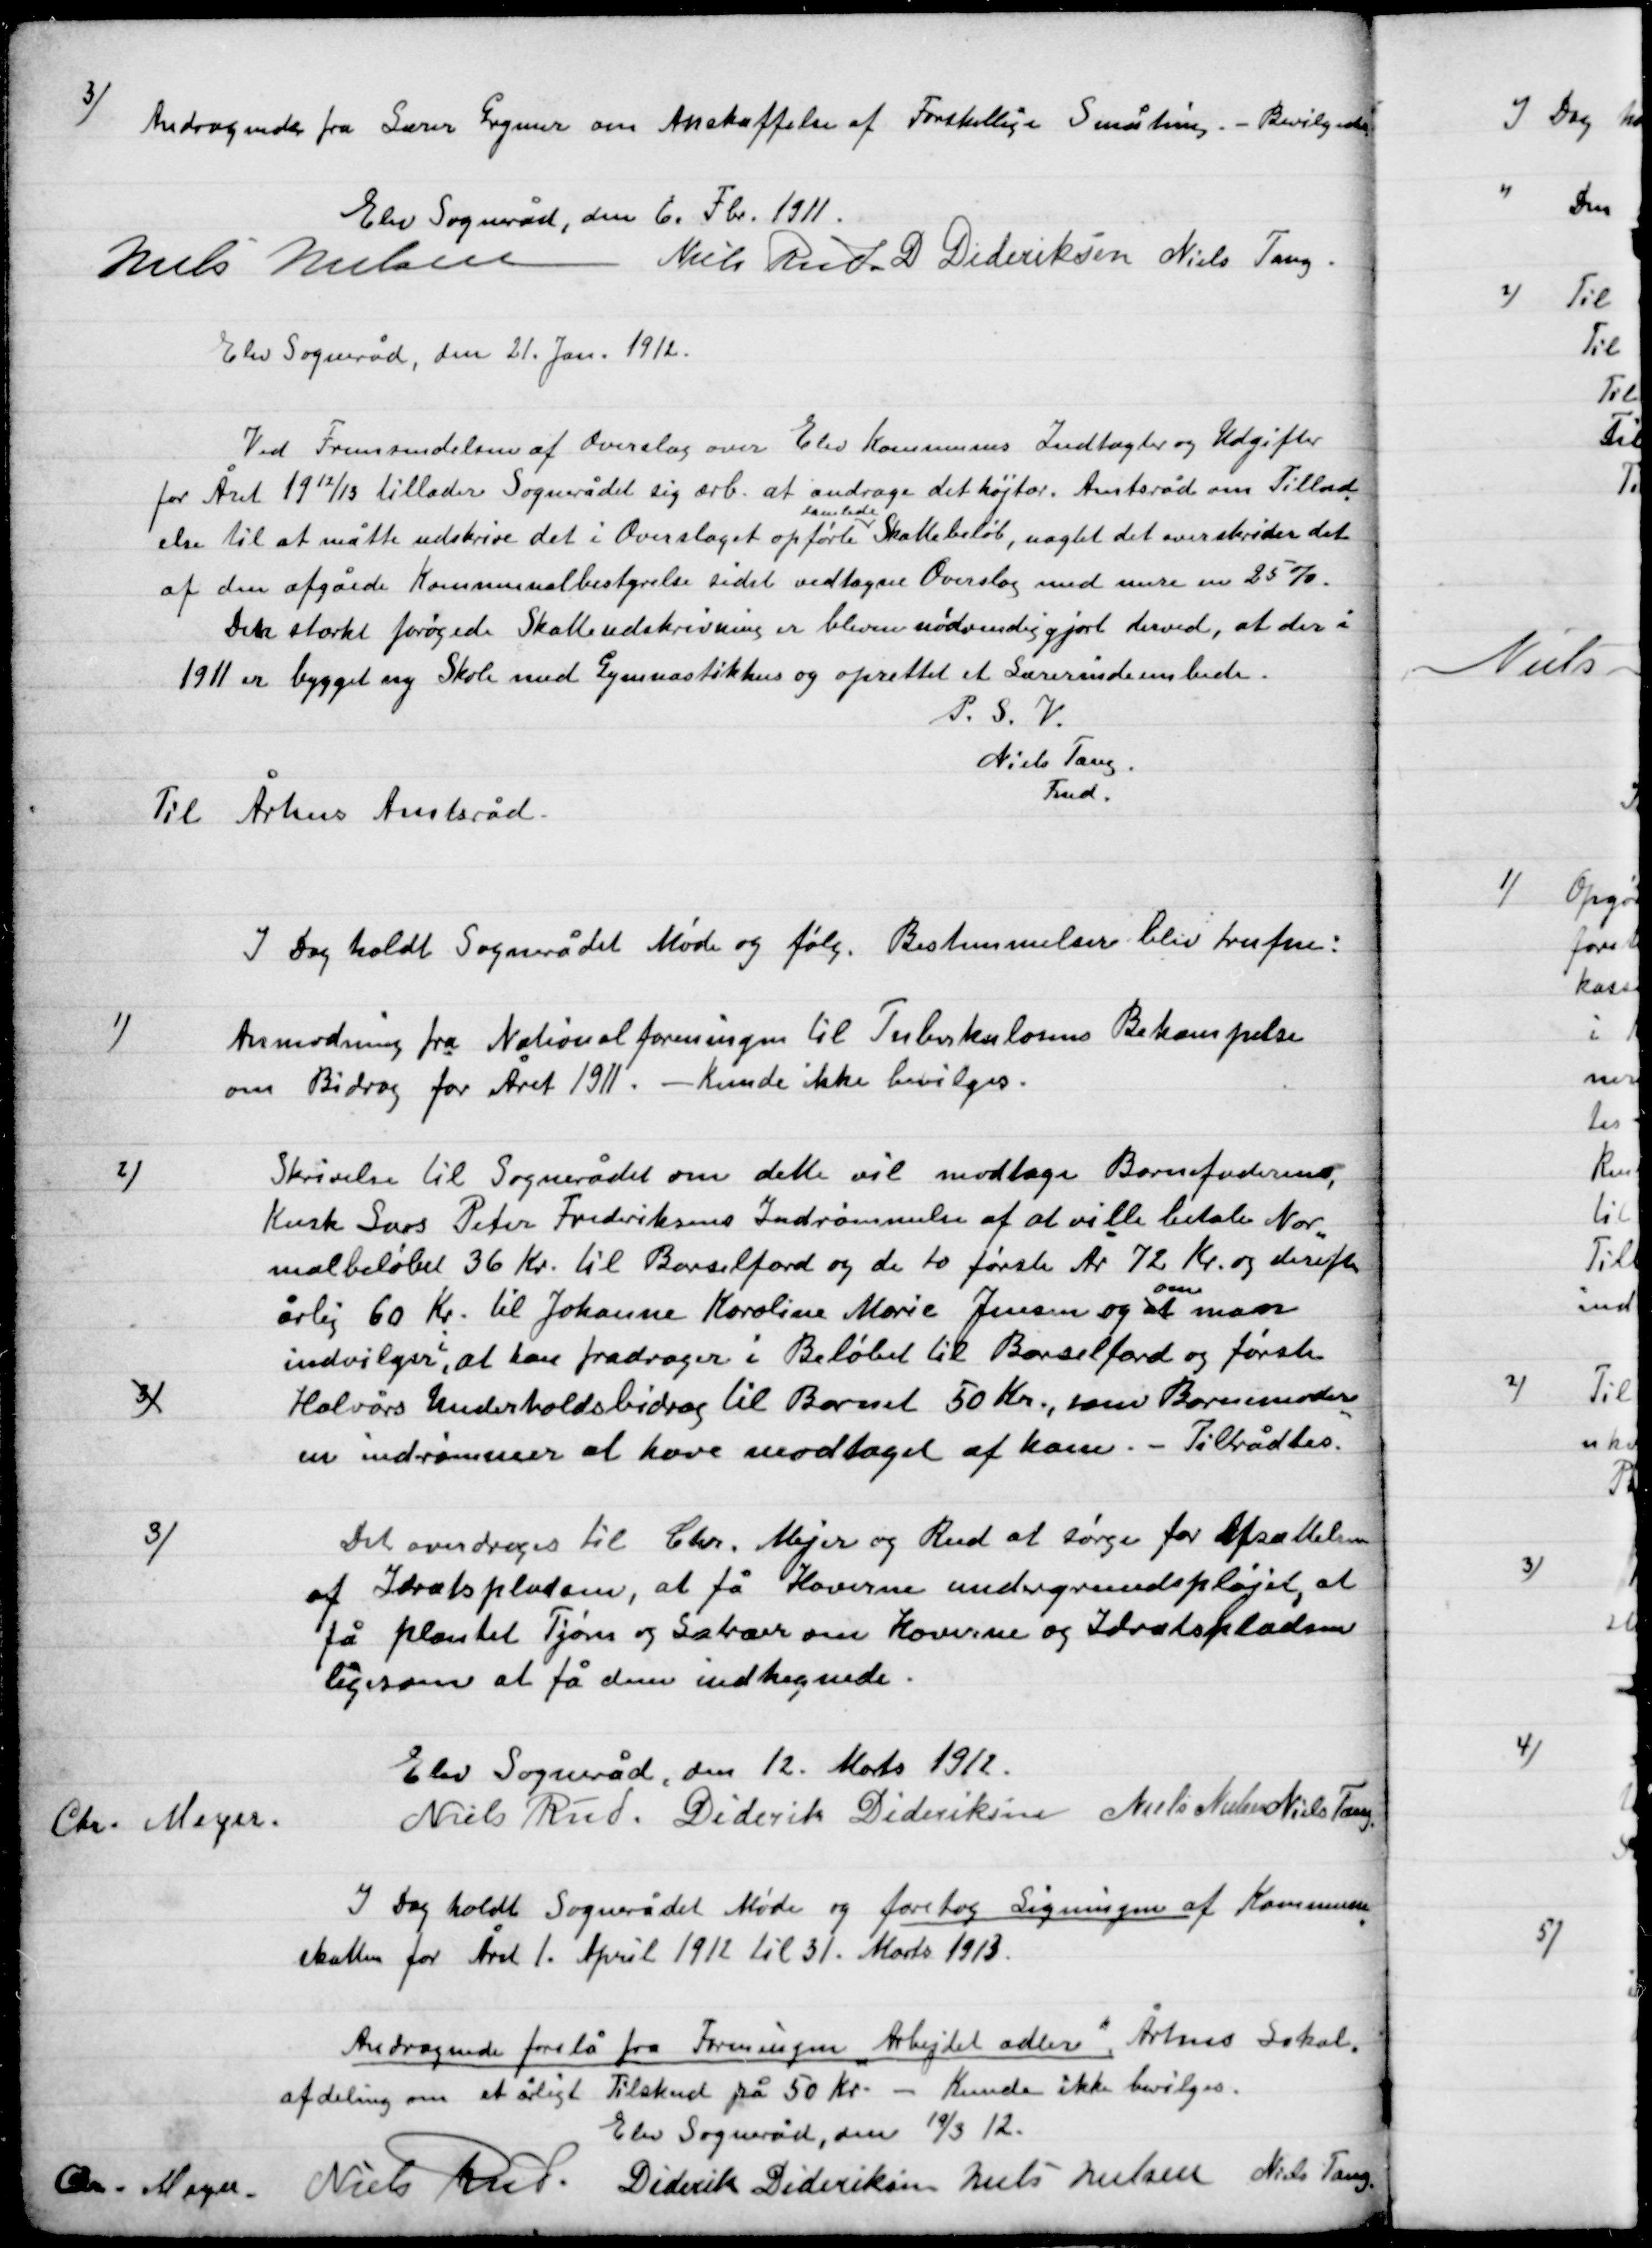
Transskription:
3)

Andragende fra Lære Grymer om Anskaffelse af Forskellige Småting. – Bevilgedes.

Elev Sogneråd, den 6. Feb. 1911.

Niels Nielsen
Niels Rud
D. Dideriksen
Niels Tang

Elev Sogneråd den 21. Jan. 1912.
Ved Fremsendelsen af Overslag over Elev Kommunes Indtægter og Udgifter
For Året 19 12/13 tillader Sognerådet sig ærb. at andrage det højtær. Amtsråd om tilla-
delse til at måtte udskrive det i Overslaget opførte
samlede
Skattebeløb, uagtet det overskrider det
af den afgåede Kommunalbestyrelse sidste vedtagne Overslag med mere end 25 %.
Det stærkt forøgede Skatteudskrivning er bleven nødvendiggjort derved, at der i
1911 er bygget ny Skole med Gymnastikhus og oprettet et Lærerindeembede.
P.S.V.
Niels Tang
Fmd.
Til Århus Amtsråd

I Dag holdt Sognerådet Møde og følg. Bestemmelser blev truffen:

1)

Anmodning fra Nationalforeningen til Tuberkuloses Bekæmpelse
om Bidrag for Året 1911. – Kunde ikke bevilges.

2)

Skrivelse til Sognerådet om dette vil modtage Barnefaderen
Kusk Lars Peter Frederiksens Indrømmelse af at ville betale Nor-
malbeløbet 36 Kr.  til Barselfærd. Og de to første År 72 Kr. og derefter
Årlig 60 Kr. til Johanne Kaolinen Marie Jensen og at
om
man
Indvilger i, at have fradrager i Beløbet til Barselfærd og første
Halvårs Underholdsbidrag til Barnet 50 Kr., som Barnemoder
en indrømmede at have modtaget af ham. – Tiltrådtes.

3)

3)

Det overdroges til Chr. Mejer og Rud at søge for Afsættelsen
af Idrætspladsen, at få Haverne undergrunds pløjet, at
få plantet Tjørn og Lætræer om Haverne og Idrætspladsen
ligesom at få denne indhegnede.

Elev sogneråd, den 12 Marts

Chr. Meyer
Niels Rud
Diderik Dideriksen
Niels Nielsen
Niels Tang.

I Dag holdt Sognerådet Møde og foretog Ligningen af Kommunens
skatter for Året 1. April 1912 til 31. Marts 1913.

Andragende forelå fra Foreningen ”Arbejdet adler” Århus Lokal
Afdeling om et årligt Tilskud på 50 Kr. – Kunde ikke bevilges.

Elev Sogneråd den 19/3 12.

Chr. Meyer
Niels Rud
Diderik Dideriksen
Niels Nielsen
Niels Tang.